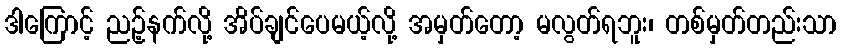
ဒါကြောင့် ညဉ့်နက်လို့ အိပ်ချင်ပေမယ့်လို့ အမှတ်တော့ မလွတ်ရဘူး၊ တစ်မှတ်တည်းသာ